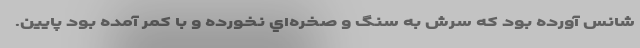
شانس آورده بود كه سرش به سنگ و صخره‌اي نخورده و با كمر آمده بود پايين.